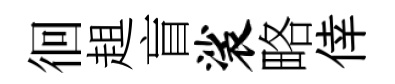
徊趄盲裟略倖